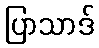
ပြာသာဒ်